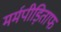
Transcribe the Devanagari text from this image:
मर्मपीड़िताफ